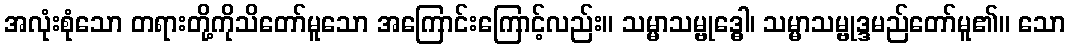
အလုံးစုံသော တရားတို့ကိုသိတော်မူသော အကြောင်းကြောင့်လည်း။ သမ္မာသမ္ဗုဒ္ဓေါ၊ သမ္မာသမ္ဗုဒ္ဒမည်တော်မူ၏။ သော